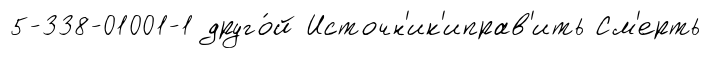
5-338-01001-1 друго́й Источн'ик'иправ'ить См'ерть